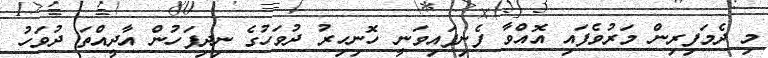
މި ދެމަފިރިން މަރުވެފައި އޮއްވާ ފެނިފައިވަނީ ހޮނިހިރު ދުވަހުގެ ނިދިފަހުން އާދީއްތަ ދުވަހު